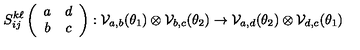
S _ { i j } ^ { k \ell } \left( \begin{array} { c c } { a } & { d } \\ { b } & { c } \\ \end{array} \right) : { \cal V } _ { a , b } ( \theta _ { 1 } ) \otimes { \cal V } _ { b , c } ( \theta _ { 2 } ) \rightarrow { \cal V } _ { a , d } ( \theta _ { 2 } ) \otimes { \cal V } _ { d , c } ( \theta _ { 1 } )